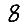
Digit: 8